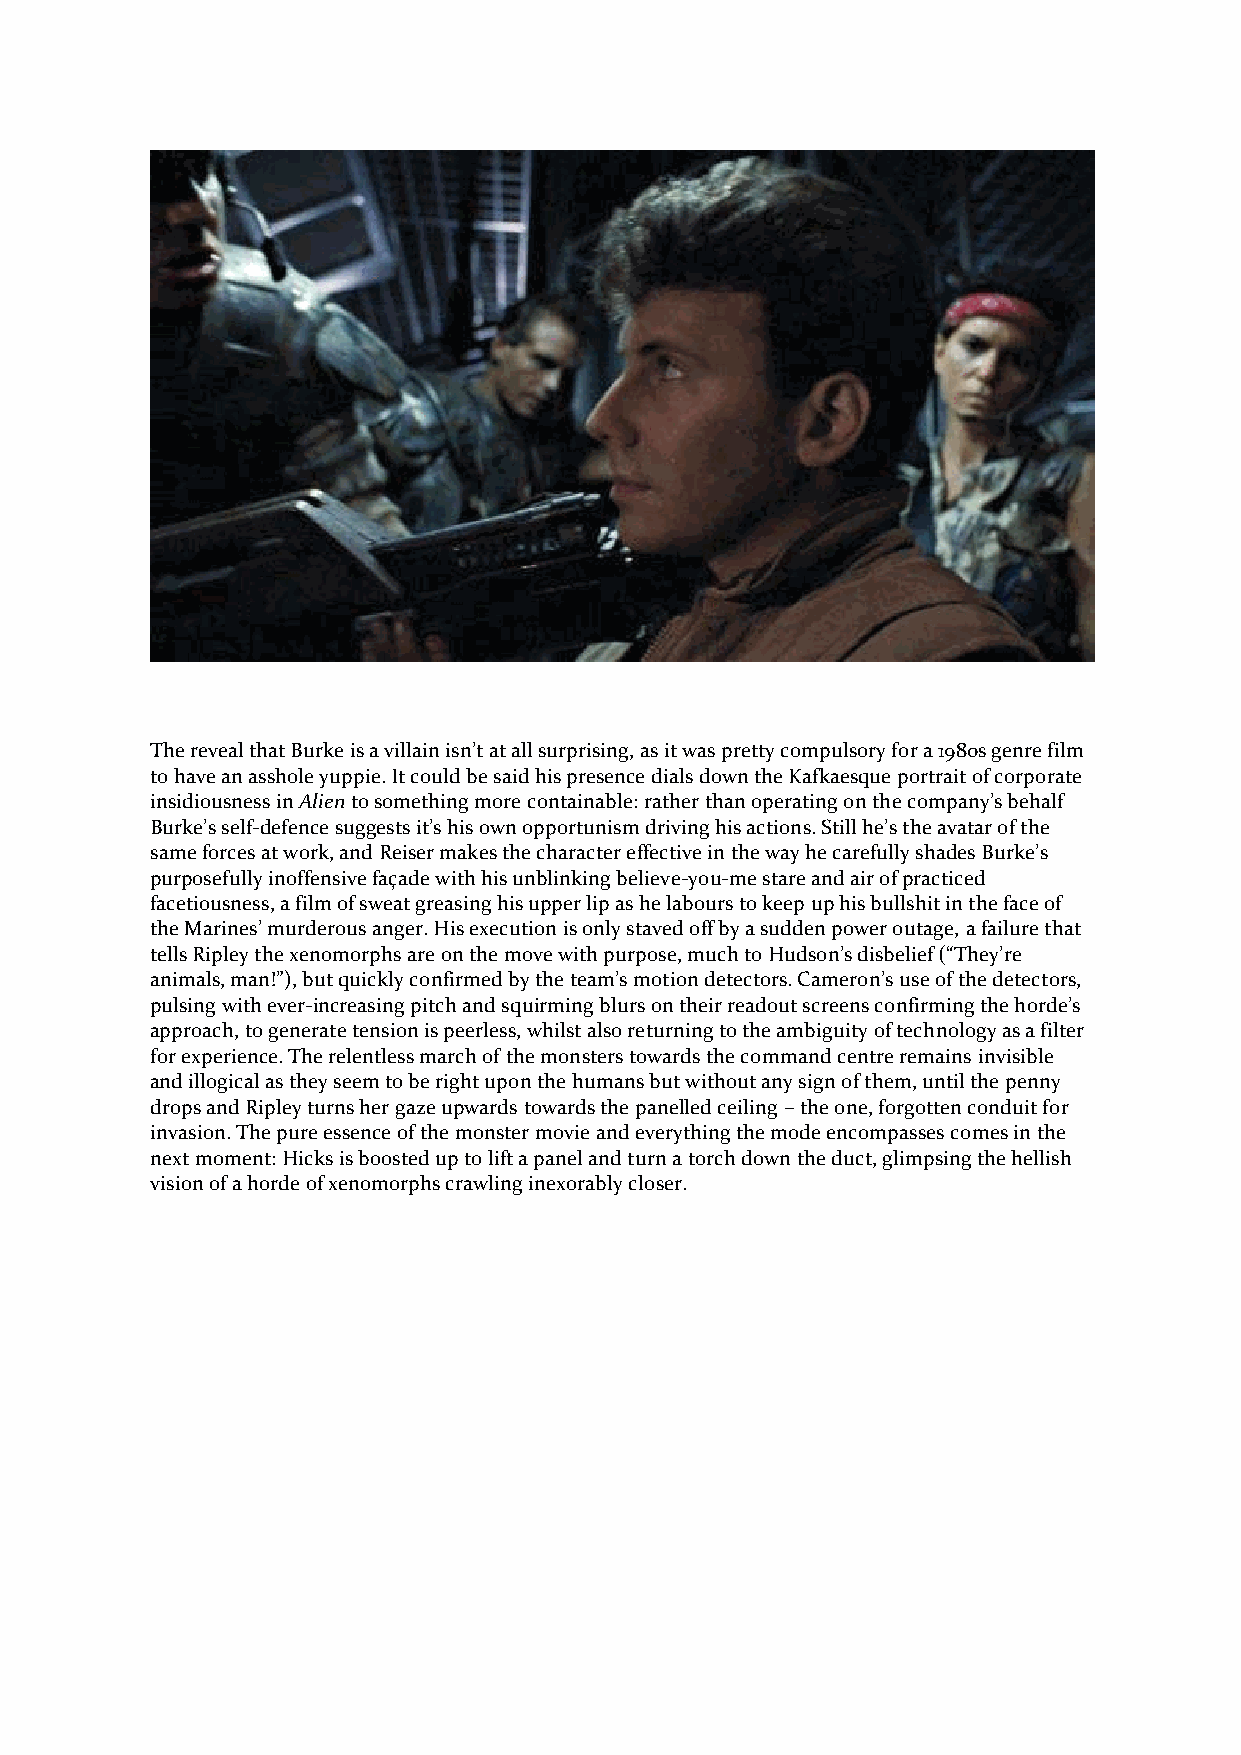
The reveal that Burke is a villain isn’t at all surprising, as it was pretty compulsory for a 1980s genre film
 to have an asshole yuppie. It could be said his presence dials down the Kafkaesque portrait of corporate
 insidiousness in Alien to something more containable: rather than operating on the company’s behalf
 Burke’s self-defence suggests it’s his own opportunism driving his actions. Still he’s the avatar of the
 same forces at work, and Reiser makes the character effective in the way he carefully shades Burke’s
 purposefully inoffensive façade with his unblinking believe-you-me stare and air of practiced
 facetiousness, a film of sweat greasing his upper lip as he labours to keep up his bullshit in the face of
 the Marines’ murderous anger. His execution is only staved off by a sudden power outage, a failure that
 tells Ripley the xenomorphs are on the move with purpose, much to Hudson’s disbelief (“They’re
 animals, man!”), but quickly confirmed by the team’s motion detectors. Cameron’s use of the detectors,
 pulsing with ever-increasing pitch and squirming blurs on their readout screens confirming the horde’s
 approach, to generate tension is peerless, whilst also returning to the ambiguity of technology as a filter
 for experience. The relentless march of the monsters towards the command centre remains invisible
 and illogical as they seem to be right upon the humans but without any sign of them, until the penny
 drops and Ripley turns her gaze upwards towards the panelled ceiling – the one, forgotten conduit for
 invasion. The pure essence of the monster movie and everything the mode encompasses comes in the
 next moment: Hicks is boosted up to lift a panel and turn a torch down the duct, glimpsing the hellish
 vision of a horde of xenomorphs crawling inexorably closer.